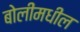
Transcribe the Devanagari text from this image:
बोलींमधील